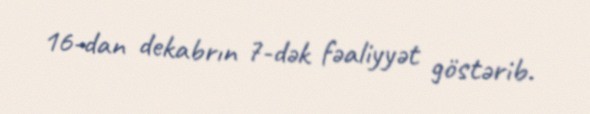
16-dan dekabrın 7-dək fəaliyyət göstərib.